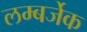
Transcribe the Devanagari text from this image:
लम्बर्जेक